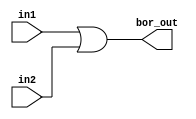
module bitwise_or(in1, in2, bor_out);
parameter size = 4;
input [size-1:0] in1, in2;
output [size-1:0] bor_out;

assign bor_out = in1 | in2;

endmodule